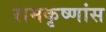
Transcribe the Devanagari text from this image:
रामकृष्णांस